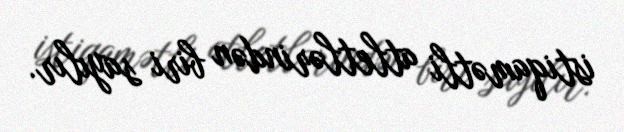
istiqamətli atletlərindən biri sayılır.